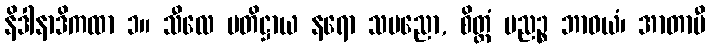
နိဒါနာဒိကထာ ၁။ သီလေ ပတိဋ္ဌာယ နရော သပညော, စိတ္တံ ပညဉ္စ ဘာဝယံ၊ အာတာပီ